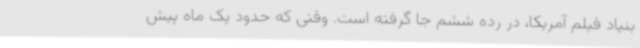
بنیاد فیلم آمریکا، در رده ششم جا گرفته است. وقتی که حدود یک ماه پیش